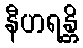
နီဟရန္တိ